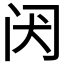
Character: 𬮝